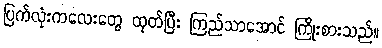
ပြက်လုံးကလေးတွေ ထုတ်ပြီး ကြည်သာအောင် ကြိုးစားသည်။